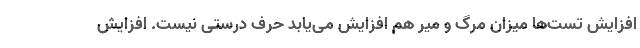
افزایش تست‌ها میزان مرگ و میر هم افزایش می‌یابد حرف درستی نیست. افزایش